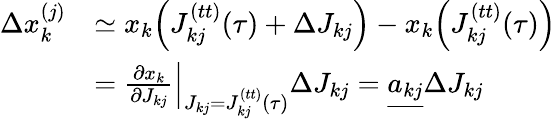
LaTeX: \begin{array}{rl}{\Delta x_{k}^{(j)}}&{\simeq x_{k}\Big(J_{kj}^{(tt)}(\tau)+\Delta J_{kj}\Big)-x_{k}\Big(J_{kj}^{(tt)}(\tau)\Big)}\\ &{=\frac{\partial x_{k}}{\partial J_{kj}}\Big|_{J_{kj}=J_{kj}^{(tt)}(\tau)}\Delta J_{kj}=\underline{{a_{kj}}}\Delta J_{kj}}\end{array}